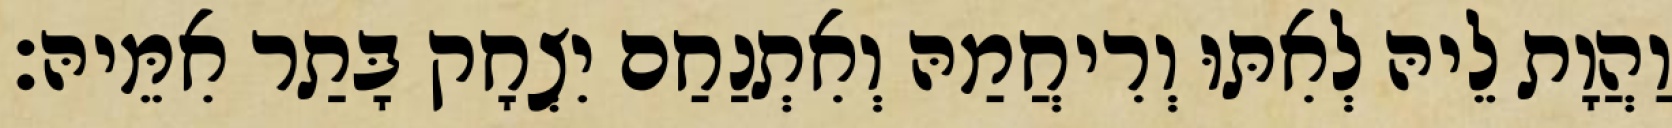
וַהֲוָת לֵיהּ לְאִתּוּ וְרִיחֲמַהּ וְאִתְנַחַם יִצְחָק בָּתַר אִמֵּיהּ׃